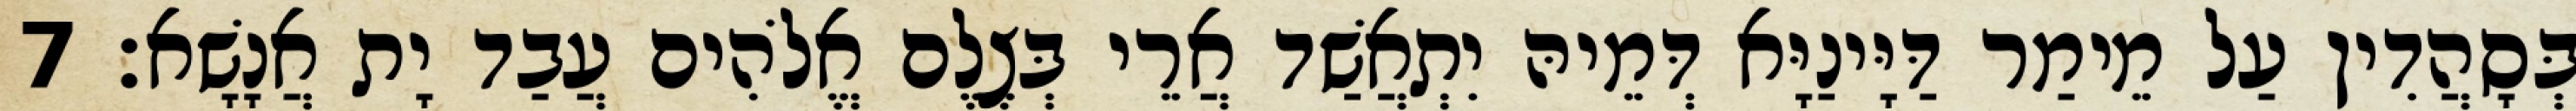
בְּסָהֲדִין עַל מֵימַר דַּיָּינַיָּא דְּמֵיהּ יִתְאֲשַׁד אֲרֵי בְּצֶלֶם אֱלֹהִים עֲבַד יָת אֲנָשָׁא׃ 7